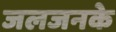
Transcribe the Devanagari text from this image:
जलजनके